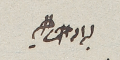
بسم الله الرحمن الرحيم